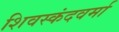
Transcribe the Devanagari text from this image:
शिवस्कंदवर्मा